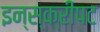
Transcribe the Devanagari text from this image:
इन्स्क्रीपट